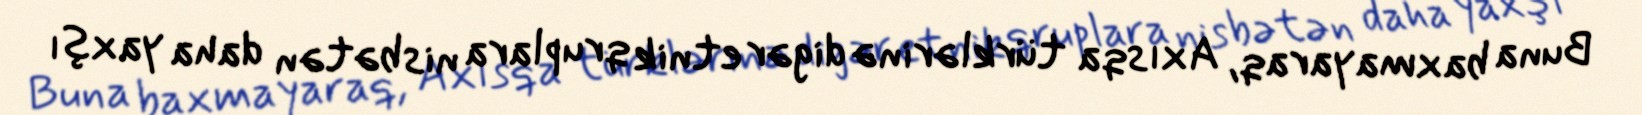
Buna baxmayaraq, Axısqa türklərinə digər etnik qruplara nisbətən daha yaxşı